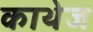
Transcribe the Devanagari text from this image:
काथेज